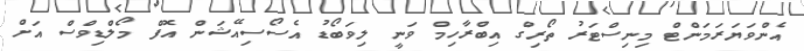
އެންވަޔަރަމަންޓް މިނިސްޓަރު ތޯރިގް އިބްރާހިމް ވަނީ ލިވަބޯޑު އެސޯސިއޭޝަން އޮފް މޯލްޑިވްސް އަށް